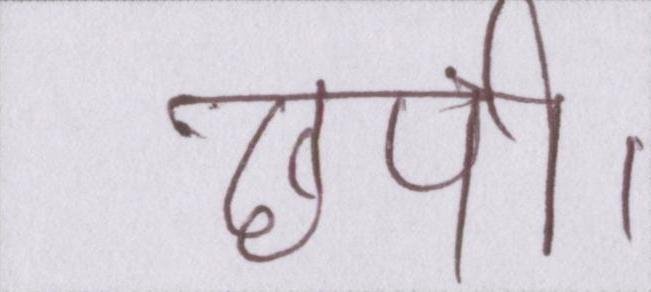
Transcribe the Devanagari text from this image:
छपी।